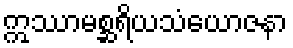
ဣဿာမစ္ဆရိယသံယောဇနာ